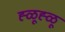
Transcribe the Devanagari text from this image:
ह्ळूह्ळू